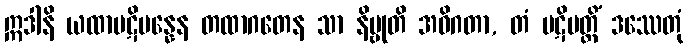
ဣဒါနိ ယထာပဋိပန္နေန တထာဂတေန သာ နိဗ္ဗုတိ အဓိဂတာ, တံ ပဋိပတ္တိံ ဒဿေတုံ